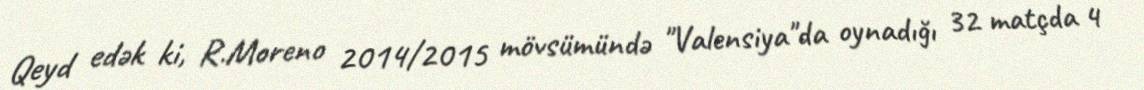
Qeyd edək ki, R.Moreno 2014/2015 mövsümündə "Valensiya"da oynadığı 32 matçda 4